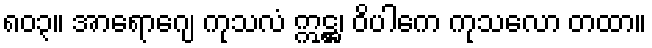
၈၀၃။ အာရောဂျေ ကုသလံ ဣဋ္ဌ၊ ဝိပါကေ ကုသလော တထာ။